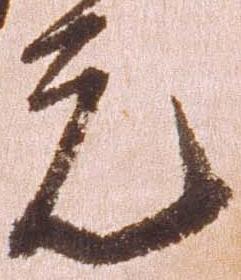
元